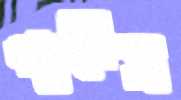
পায়েস